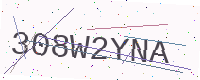
Text: 308W2YNA